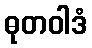
ဓုတဝါဒံ